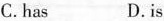
C.has D.is